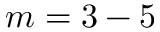
m = 3 - 5